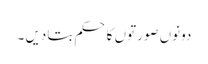
دونوں صورتوں کا حکم بتادیں ۔